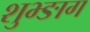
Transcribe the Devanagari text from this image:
शुभ्ङाग